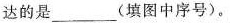
达的是___(填图中序号)。